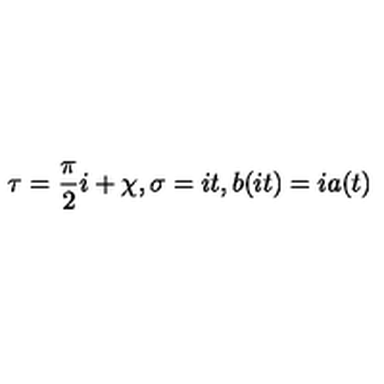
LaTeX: \tau = \frac { \pi } { 2 } i + \chi , \sigma = i t , b ( i t ) = i a ( t )